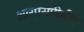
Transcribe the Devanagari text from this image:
आरएसपीसीए